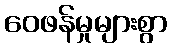
ဝေဖန်မှုများစွာ